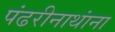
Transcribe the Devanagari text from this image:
पंढरीनाथांना